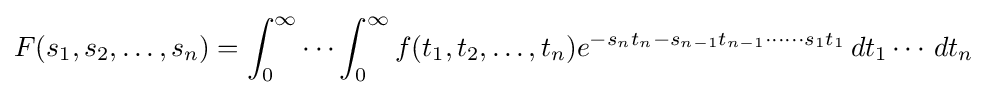
F(s_{1},s_{2},\ldots ,s_{n})=\int _{0}^{\infty }\cdots \int _{0}^{\infty }f(t_{1},t_{2},\ldots ,t_{n})e^{-s_{n}t_{n}-s_{n-1}t_{n-1}\cdots \cdots s_{1}t_{1}}\,dt_{1}\cdots \,dt_{n}